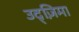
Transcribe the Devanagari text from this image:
उद्ज़िमा